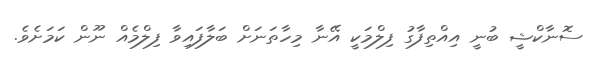
ސޮނާކްޝީ ބުނީ އިއްތިފާގު ފިލްމަކީ އޭނާ މިހާތަނަށް ބަލާފައިވާ ފިލްމެއް ނޫން ކަމަށެވެ.